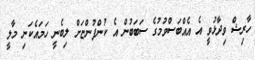
ހާރިޝް ވިދާޅުވީ އެ އެއްބަސްވުމުގެ ސަބަބުން އެ ކުންފުންޏަށް ލިބެނީ ހަމައެކަނި މާލީ